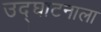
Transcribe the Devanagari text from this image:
उद्घाटनाला